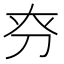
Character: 𠛞